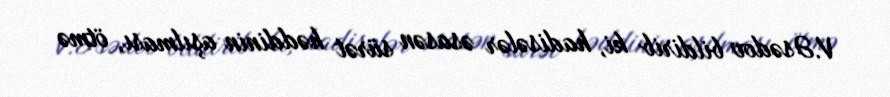
V.Əsədov bildirib ki, hadisələr əsasən sürət həddinin aşılması, ötmə